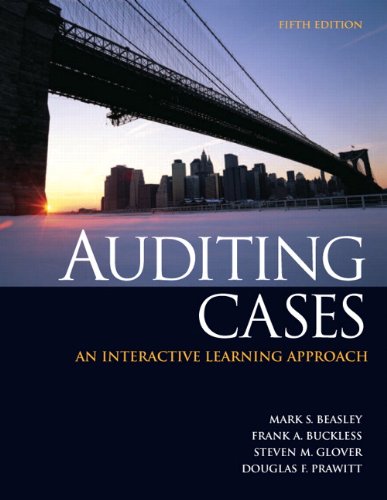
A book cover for Auditing Cases: An Interactive Learning Approach (5th Edition); Mark S. Beasley; Business & Money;